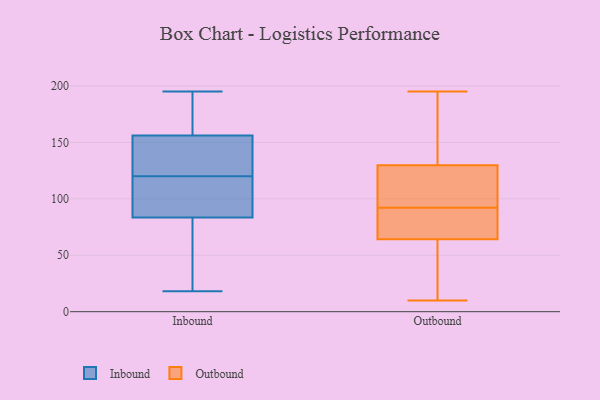
{"axis": {"x": "Satisfaction Score", "y": "Value"}, "legend": ["Inbound", "Outbound"], "data": [{"x": "", "y": 18, "type": "Inbound"}, {"x": "", "y": 184, "type": "Inbound"}, {"x": "", "y": 80, "type": "Inbound"}, {"x": "", "y": 188, "type": "Inbound"}, {"x": "", "y": 165, "type": "Inbound"}, {"x": "", "y": 23, "type": "Inbound"}, {"x": "", "y": 195, "type": "Inbound"}, {"x": "", "y": 101, "type": "Inbound"}, {"x": "", "y": 45, "type": "Inbound"}, {"x": "", "y": 118, "type": "Inbound"}, {"x": "", "y": 22, "type": "Inbound"}, {"x": "", "y": 126, "type": "Inbound"}, {"x": "", "y": 176, "type": "Inbound"}, {"x": "", "y": 121, "type": "Inbound"}, {"x": "", "y": 129, "type": "Inbound"}, {"x": "", "y": 122, "type": "Inbound"}, {"x": "", "y": 108, "type": "Inbound"}, {"x": "", "y": 120, "type": "Inbound"}, {"x": "", "y": 94, "type": "Inbound"}, {"x": "", "y": 77, "type": "Outbound"}, {"x": "", "y": 10, "type": "Outbound"}, {"x": "", "y": 131, "type": "Outbound"}, {"x": "", "y": 106, "type": "Outbound"}, {"x": "", "y": 26, "type": "Outbound"}, {"x": "", "y": 124, "type": "Outbound"}, {"x": "", "y": 126, "type": "Outbound"}, {"x": "", "y": 64, "type": "Outbound"}, {"x": "", "y": 65, "type": "Outbound"}, {"x": "", "y": 35, "type": "Outbound"}, {"x": "", "y": 76, "type": "Outbound"}, {"x": "", "y": 179, "type": "Outbound"}, {"x": "", "y": 195, "type": "Outbound"}, {"x": "", "y": 92, "type": "Outbound"}, {"x": "", "y": 155, "type": "Outbound"}]}